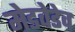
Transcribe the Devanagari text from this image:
मेडवेडेव